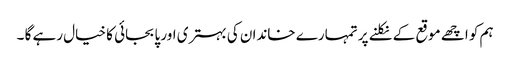
ہم کو اچھے موقع کے نکلنے پر تمہارے خاندان کی بہتری اور پابجائی کا خیال رہے گا ۔